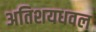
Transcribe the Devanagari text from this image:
अतिशयधवल